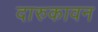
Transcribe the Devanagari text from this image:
दारुकावन